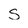
Character: s